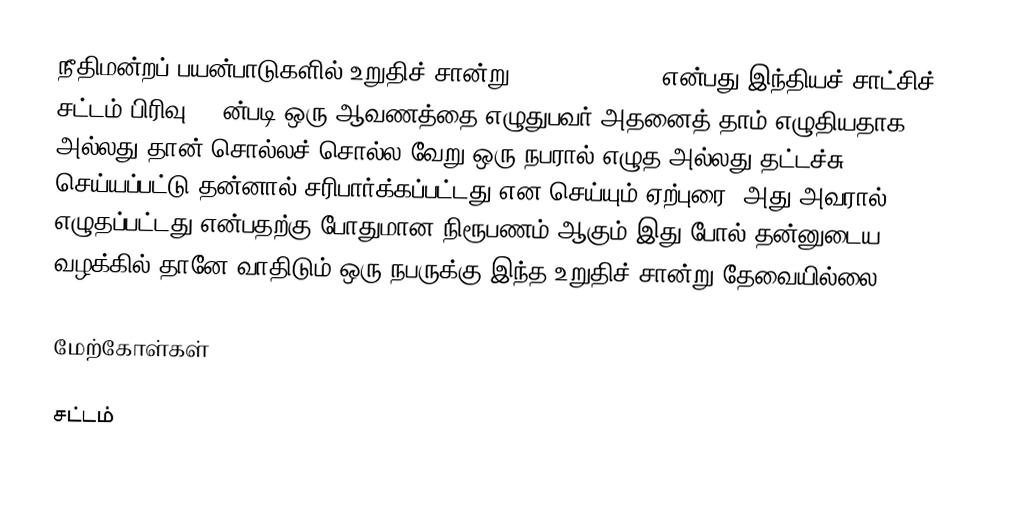
நீதிமன்றப் பயன்பாடுகளில் உறுதிச் சான்று (en: Affidavit) என்பது இந்தியச் சாட்சிச் சட்டம் பிரிவு 70 ன்படி ஒரு ஆவணத்தை எழுதுபவர் அதனைத் தாம் எழுதியதாக அல்லது தான் சொல்லச் சொல்ல வேறு ஒரு நபரால் எழுத அல்லது தட்டச்சு செய்யப்பட்டு தன்னால் சரிபார்க்கப்பட்டது என செய்யும் ஏற்புரை. அது அவரால் எழுதப்பட்டது என்பதற்கு போதுமான நிரூபணம் ஆகும்.இது போல் தன்னுடைய வழக்கில் தானே வாதிடும் ஒரு நபருக்கு இந்த உறுதிச் சான்று தேவையில்லை.

மேற்கோள்கள்

சட்டம்